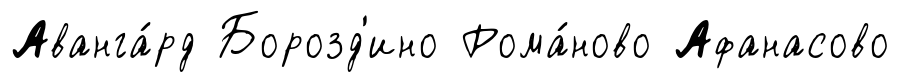
Аванга́рд Борозд'ино Рома́ново Афанасово